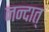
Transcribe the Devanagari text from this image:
नन्दात्